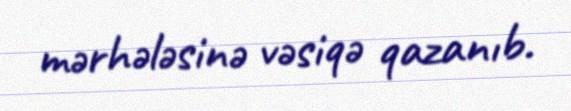
mərhələsinə vəsiqə qazanıb.